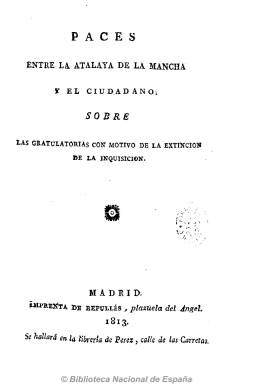
Título: Atalaya de La Mancha en Madrid
Otros títulos: Atalaya en Madrid || Atalaya de La Mancha || Atalaya de la Mancha
Colección: Periódicos anteriores a 1850
Ámbito geográfico: Madrid
Lugar de publicación: Madrid
Fechas: 01/01/1813-26/04/1815

Periódico antirreformista y defensor de Fernando VII, editado en Madrid de julio de 1813 a abril de 1815. Dirigido por Fray Agustín de Castro, de la orden de San Jerónimo, teólogo, que adquirió fama como polemista y que refutó en este periódico las doctrinas afrancesadas. Sostuvo fuertes polémicas con varios periódicos liberales y por el contenido de uno de sus números fue encarcelado. La Atalaya llegó a alcanzar una gran resonancia en toda España, siendo frecuentes las publicaciones liberales que arremetían contra Castro.

De este periódico, en la que colaboró directamente el Padre Manuel Martínez, se hicieron reimpresiones en diversas ciudades, entre ellas en Sevilla.